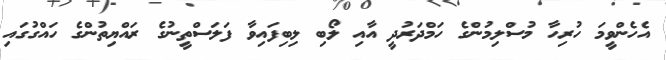
އެހެންވީމަ ހުރިހާ މުސްލިމުންގެ ހަމްދަރުދީ އާއި ލޯބި ލިބިފައިވާ ފަލަސްތީނުގެ ރައްޔިތުންގެ ހައްގުގައި